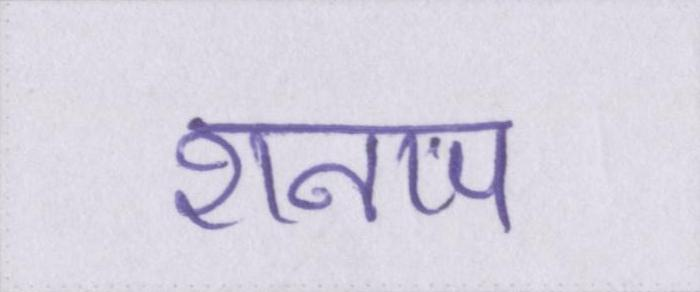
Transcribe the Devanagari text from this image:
शनाप